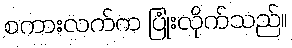
စကားလက်က ပြုံးလိုက်သည်။